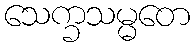
သေက္ခသမ္မတေ